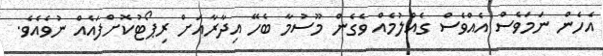
އެހެން ނަމަވެސް އެއްވެސް ގެއްލުމެއް ވެގެން މޫސުމާ ބެހޭ އިދާރާއަށް ރިޕޯޓުކޮށްފައެއް ނުވެއެވެ.